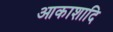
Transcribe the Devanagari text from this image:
आकाशादि